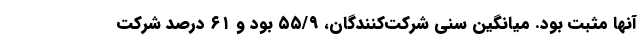
آنها مثبت بود. میانگین سنی شرکت‌کنندگان، ۵۵/۹ بود و ۶۱ درصد شرکت‌